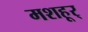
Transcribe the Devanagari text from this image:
मशहूर्